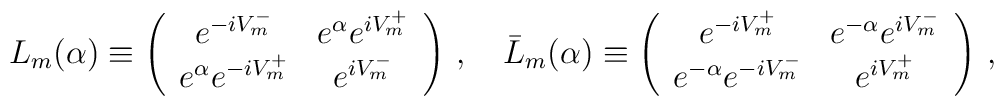
L_{m}(\alpha) \equiv \left (\begin{array}{cc} e^{-iV_m^-} & e^{\alpha}  e^{iV_m^+} \\ e^{\alpha}e^{-iV_m^+}&  e^{iV_m^-}\\ \end{array} \right ) \, ,\quad  \bar L_{m}(\alpha)\equiv \left ( \begin{array}{cc} e^{-iV_m^+} &  e^{-\alpha}   e^{iV_m^-}\\e^{-\alpha}  e^{-iV_m^-} &   e^{iV_m^+}\\  \end{array} \right ) \, ,